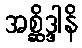
အစ္ဆိဒ္ဒါနိ